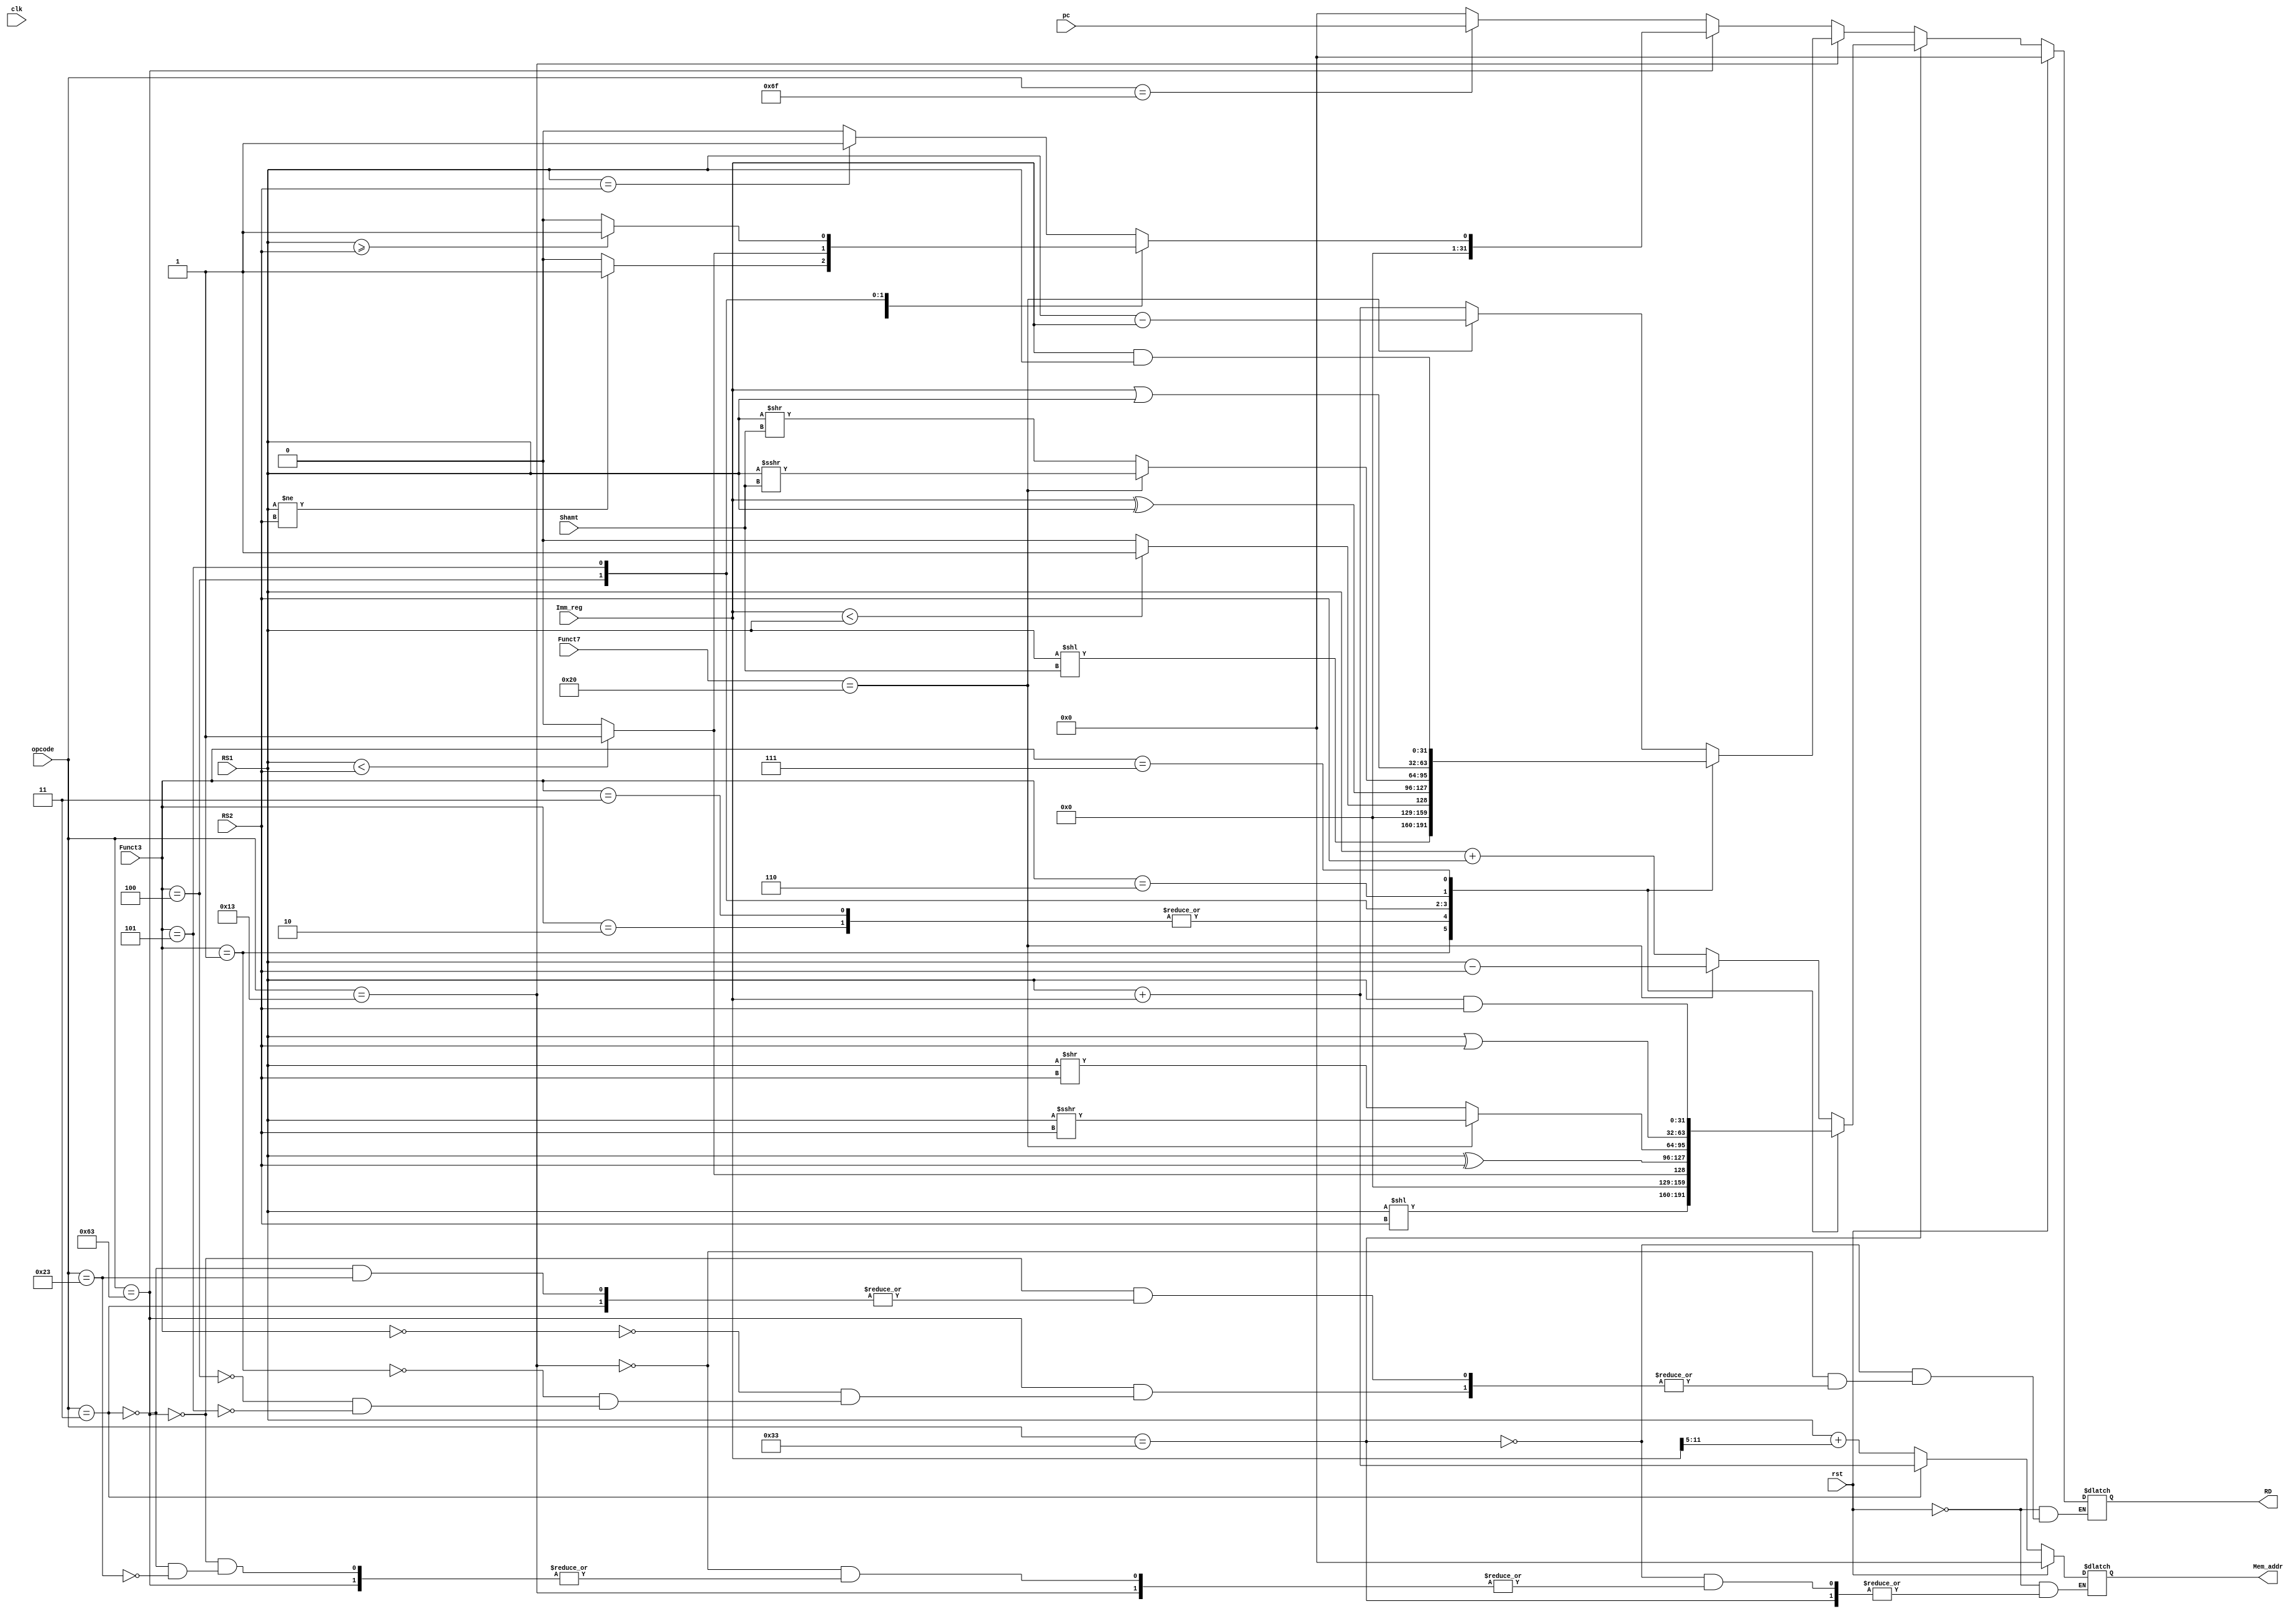
`timescale 1ns / 1ps

module alu_top#(parameter WIDTH = 32)
(
    input clk,
    input rst,
    input[WIDTH-1:0] pc,
    input signed[WIDTH-1:0] RS1,
    input signed[WIDTH-1:0] RS2,
    input[2:0] Funct3,
    input[6:0] Funct7,
    input[6:0] opcode,
    input[11:0] Imm_reg,
    input[4:0] Shamt,
    output [WIDTH-1:0] RD,
    output [WIDTH-1:0] Mem_addr

);
    // Reg-to-Reg Parameters
    localparam ADD = 0, SLL = 1, SLT = 2, SLTU = 3, XOR = 4, SRL = 5, OR = 6, AND = 7, NOP = 8; 
    
    // Branching Parameters
    localparam BEQ = 0, BNE = 1, BLT = 4, BGE = 5; 
    
    reg[WIDTH-1:0] temp_RD;
    reg[WIDTH-1:0] mem_addr;
    
    always@(*)begin  
        if(rst)begin
            temp_RD <= 0;
            mem_addr <= 0;
        end
        
        // Register Operations RR
        else if(opcode == 7'b0110011)begin
            case(Funct3)
                ADD:  temp_RD <=(Funct7 == 7'h20) ? RS1 - RS2 : RS1 + RS2; //Add SUB based on Funct7
                SLL:  temp_RD <= RS1 << RS2;
                SLT:  temp_RD <= (RS1 < RS2) ? 1'b1:1'b0;
                SLTU: temp_RD <= (RS1 < RS2) ? 1'b1:1'b0;
                XOR:  temp_RD <= RS1 ^ RS2; 
                SRL:  temp_RD <= (Funct7 == 7'h20) ? RS1 >>> RS2 : RS1 >> RS2;
                OR:   temp_RD <= RS1 | RS2;
                AND:  temp_RD <= RS1 & RS2;
                default: temp_RD <= temp_RD;
            endcase
        end
        
        // Immediate Operations RR
        else if(opcode == 7'b0010011) begin
            case(Funct3)
                ADD:  temp_RD <= (Funct7 == 7'h20) ? RS1 - Imm_reg : RS1 + Imm_reg; //Add SUB based on Funct7
                SLL:  temp_RD <= RS1 << Shamt;
                SLT:  temp_RD <= (Imm_reg < RS1) ? 1'b1:1'b0;
                SLTU: temp_RD <= (Imm_reg < RS1) ? 1'b1:1'b0;
                XOR:  temp_RD <= Imm_reg ^ RS1; 
                SRL:  temp_RD <= (Funct7 == 7'h20) ? RS1 >>> Shamt : RS1 >> Shamt;
                OR:   temp_RD <= Imm_reg | RS1;
                AND:  temp_RD <= Imm_reg & RS1;
                default: temp_RD <= temp_RD;
            endcase
        end
        
        // Branch Operations
        else if(opcode == 7'b1100011)begin
            case(Funct3)
                BEQ: temp_RD <= RS1 == RS2 ? 1'b1:1'b0;
                BNE: temp_RD <= RS1 != RS2 ? 1'b1:1'b0;
                BLT: temp_RD <= RS1 < RS2  ? 1'b1:1'b0;
                BGE: temp_RD <= RS1 >= RS2 ? 1'b1:1'b0;
                default: temp_RD <= temp_RD;
            endcase
        end
        
        // Load Word Operations
        else if(opcode == 7'b0000011)
            mem_addr <= RS1 + Imm_reg;
        
        // Store Word Operations
        else if(opcode == 7'b0100011)
            mem_addr <= RS1 + Imm_reg[11:5];
            
        // Jump & Link Operations
        else if(opcode == 7'b1101111)
            temp_RD <= pc;
        
        else
            temp_RD <= 0;
    end

    assign RD = temp_RD;
    assign Mem_addr = mem_addr;
    
endmodule